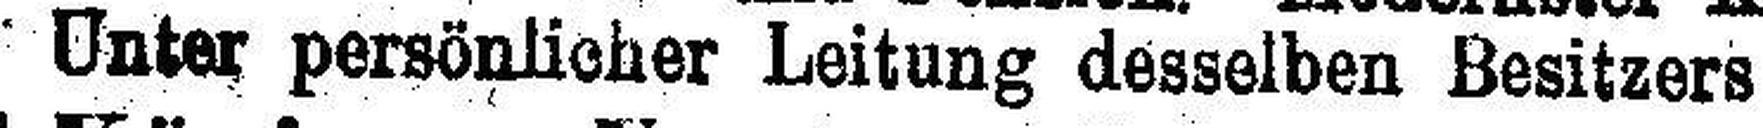
Unter persönlicher Leitung desselben Besitzers